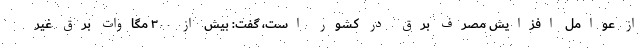
از عوامل افزایش مصرف برق در کشور است، گفت: بیش از ۳۰۰ مگاوات برق غیر